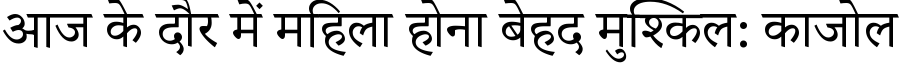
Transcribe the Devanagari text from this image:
आज के दौर में महिला होना बेहद मुश्किल: काजोल